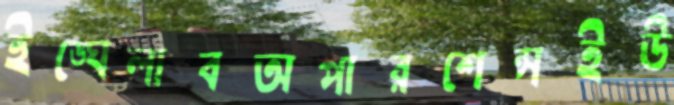
ইঙ্ঘেলাবঅপারশেন্সইউ